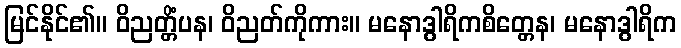
မြင်နိုင်၏။ ဝိညတ္တိံပန၊ ဝိညတ်ကိုကား။ မနောဒွါရိကစိတ္တေန၊ မနောဒွါရိက